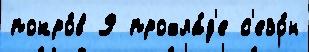
покро́в 9 прохла́д'е с'езо́н